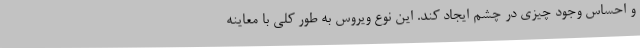
و احساس وجود چیزی در چشم ایجاد کند. این نوع ویروس به طور کلی با معاینه